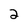
Character: 2